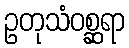
ဥတုသံဝစ္ဆရာ